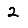
Digit: 2